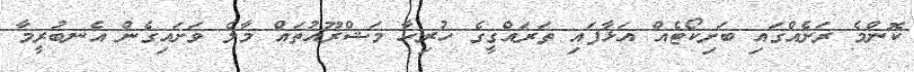
ކޮންމެ ރަށެއްގައި ބަށިކޯޓެއް އަޅާފައި ތަރައްގީގެ ހުރިހާ މަޝްރޫއުތައް މާލެ ވަށައިގެން އެނބުރީމާ